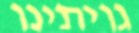
גויתינו